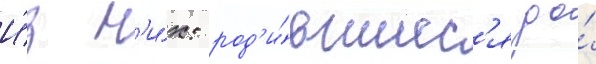
И́з н'и́х: род'и́вшиес'я до́